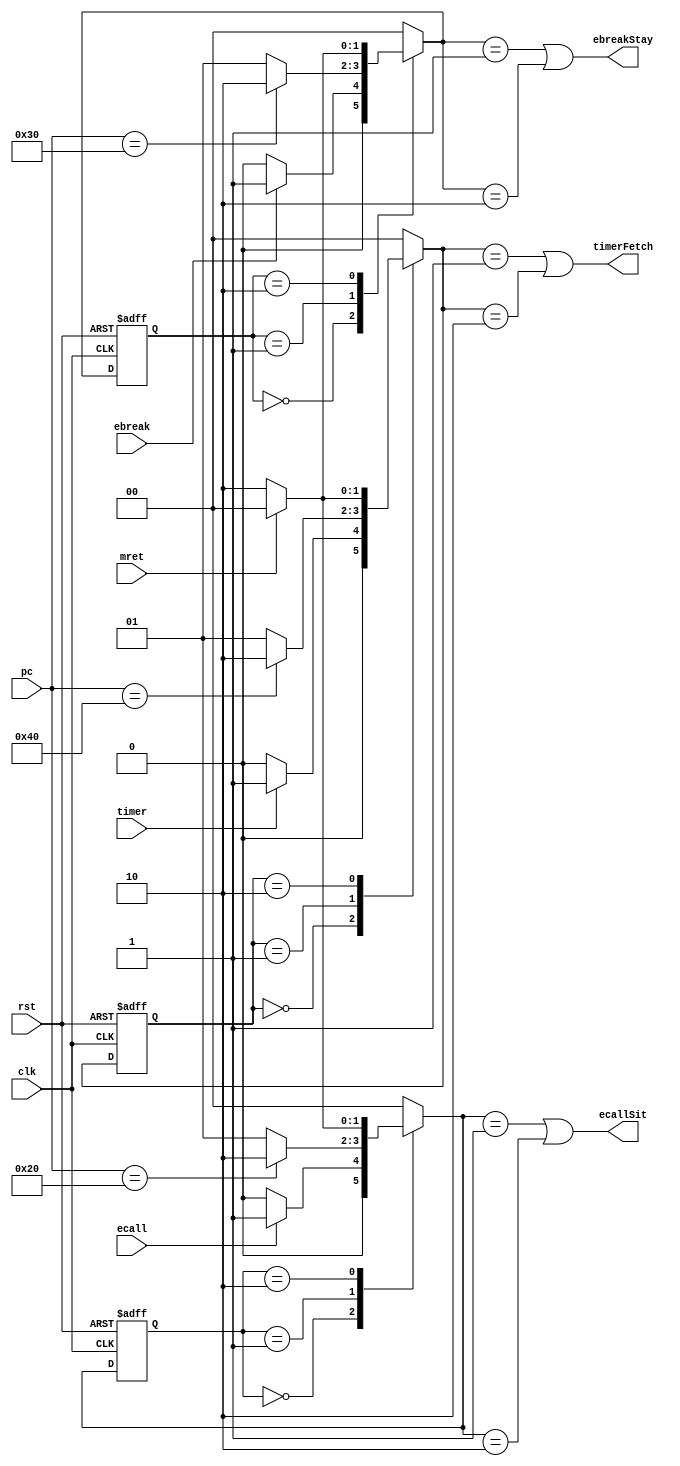
module handlerEndHandler(clk, rst, mret, ecall, ebreak, timer, pc, ecallSit, ebreakStay, timerFetch);
    input clk;
    input rst;
    input mret;
    input ecall;
    input ebreak;
    input timer;
    input [31:0] pc;
    output ecallSit;
    output ebreakStay;
    output timerFetch;
    
    reg [1:0] ecallState, ecallNxtState;
    reg [1:0] ebreakState, ebreakNxtState;
    reg [1:0] tmrState, tmrNxtState;
    parameter [1:0] ecallA = 2'b00, ecallB = 2'b01, ecallC = 2'b10;
    parameter [1:0] ebreakA = 2'b00, ebreakB = 2'b01, ebreakC = 2'b10;
    parameter [1:0] tmrA = 2'b00, tmrB = 2'b01, tmrC = 2'b10;
    
    assign ecallSit = (ecallState == ecallB) || (ecallState == ecallC);
    assign ebreakStay = (ebreakState == ebreakB) || (ebreakState == ebreakC);
    assign timerFetch = (tmrState == tmrB) || (tmrState == tmrC);
    
    always @(*) begin
    
        case(ecallNxtState)
            ecallA:
                if(ecall) 
                    ecallState <= ecallB;
                else
                    ecallState <= ecallA;
                    
            ecallB:
                if(pc == 32'h20) 
                    ecallState <= ecallC;
                else
                    ecallState <= ecallB;
            
            ecallC: 
                if (mret)
                    ecallState <= ecallA;
                else 
                    ecallState <= ecallC;
            default: 
                ecallState <= ecallA;
        endcase
         
        case(ebreakNxtState)
            ebreakA:
                if(ebreak) 
                    ebreakState <= ebreakB;
                else
                    ebreakState <= ebreakA;
                    
            ebreakB:
                if(pc == 32'h30) 
                    ebreakState <= ebreakC;
                else
                    ebreakState <= ebreakB;
            
            ebreakC: 
                if (mret)
                    ebreakState <= ebreakA;
                else 
                    ebreakState <= ebreakC;
            default: 
                ebreakState <= ebreakA;
        endcase
         
        case(tmrNxtState)
            tmrA:
                if(timer) 
                    tmrState <= tmrB;
                else
                    tmrState <= tmrA;
                    
            tmrB:
                if(pc == 32'h40) 
                    tmrState <= tmrC;
                else
                    tmrState <= tmrB;
            
            tmrC: 
                if (mret)
                    tmrState <= tmrA;
                else 
                    tmrState <= tmrC;
            default: 
                tmrState <= tmrA;
        endcase
         
      
    end
    
    always @ (posedge clk or posedge rst) begin 
        if(rst) begin
            ecallNxtState <= ecallA;
            ebreakNxtState <= ebreakA;
            tmrNxtState <= tmrA;
        end
        else begin
            ecallNxtState <= ecallState;
            ebreakNxtState <= ebreakState;
            tmrNxtState <= tmrState;
        end
    end
endmodule